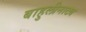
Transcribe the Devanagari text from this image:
बाहुलीनाट्य